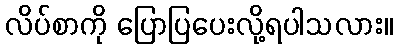
လိပ်စာကို ပြောပြပေးလို့ရပါသလား။